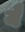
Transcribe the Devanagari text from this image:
येै